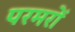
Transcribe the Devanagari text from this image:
परमरों